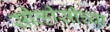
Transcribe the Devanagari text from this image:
सीव्हीसीच्या